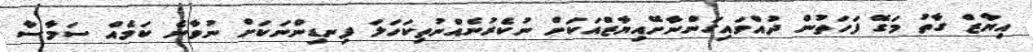
އިޔާޒް ގާތު މަގޭ ފަހަތުން ދުއްވައިގަންނާށޭއިޔާޒްއަކަށް ނުކެެެރުނެއްނުތިކަހަލަ ފިނޑިންނަކަށް ނުވާނެ ކަމެއް ސަމާސާ